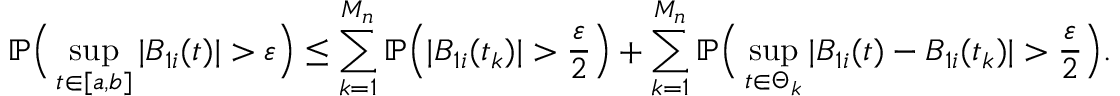
\mathbb { P } \Big ( \operatorname* { s u p } _ { t \in [ a , b ] } | B _ { 1 i } ( t ) | > \varepsilon \Big ) \le \sum _ { k = 1 } ^ { M _ { n } } \mathbb { P } \Big ( | B _ { 1 i } ( t _ { k } ) | > \frac { \varepsilon } { 2 } \Big ) + \sum _ { k = 1 } ^ { M _ { n } } \mathbb { P } \Big ( \operatorname* { s u p } _ { t \in \Theta _ { k } } | B _ { 1 i } ( t ) - B _ { 1 i } ( t _ { k } ) | > \frac { \varepsilon } { 2 } \Big ) .